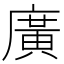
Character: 廣